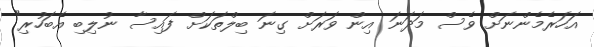
އަހަރެމެންނަށް ވެސް މަދަނަ އިން ވަރަށް ގިނަ ބިލްތަކަށް ފައިސާ ނުލިބި އެބަހުރި"